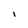
Character: I